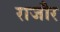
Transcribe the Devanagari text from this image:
राजौर